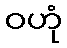
ဝဟုံ